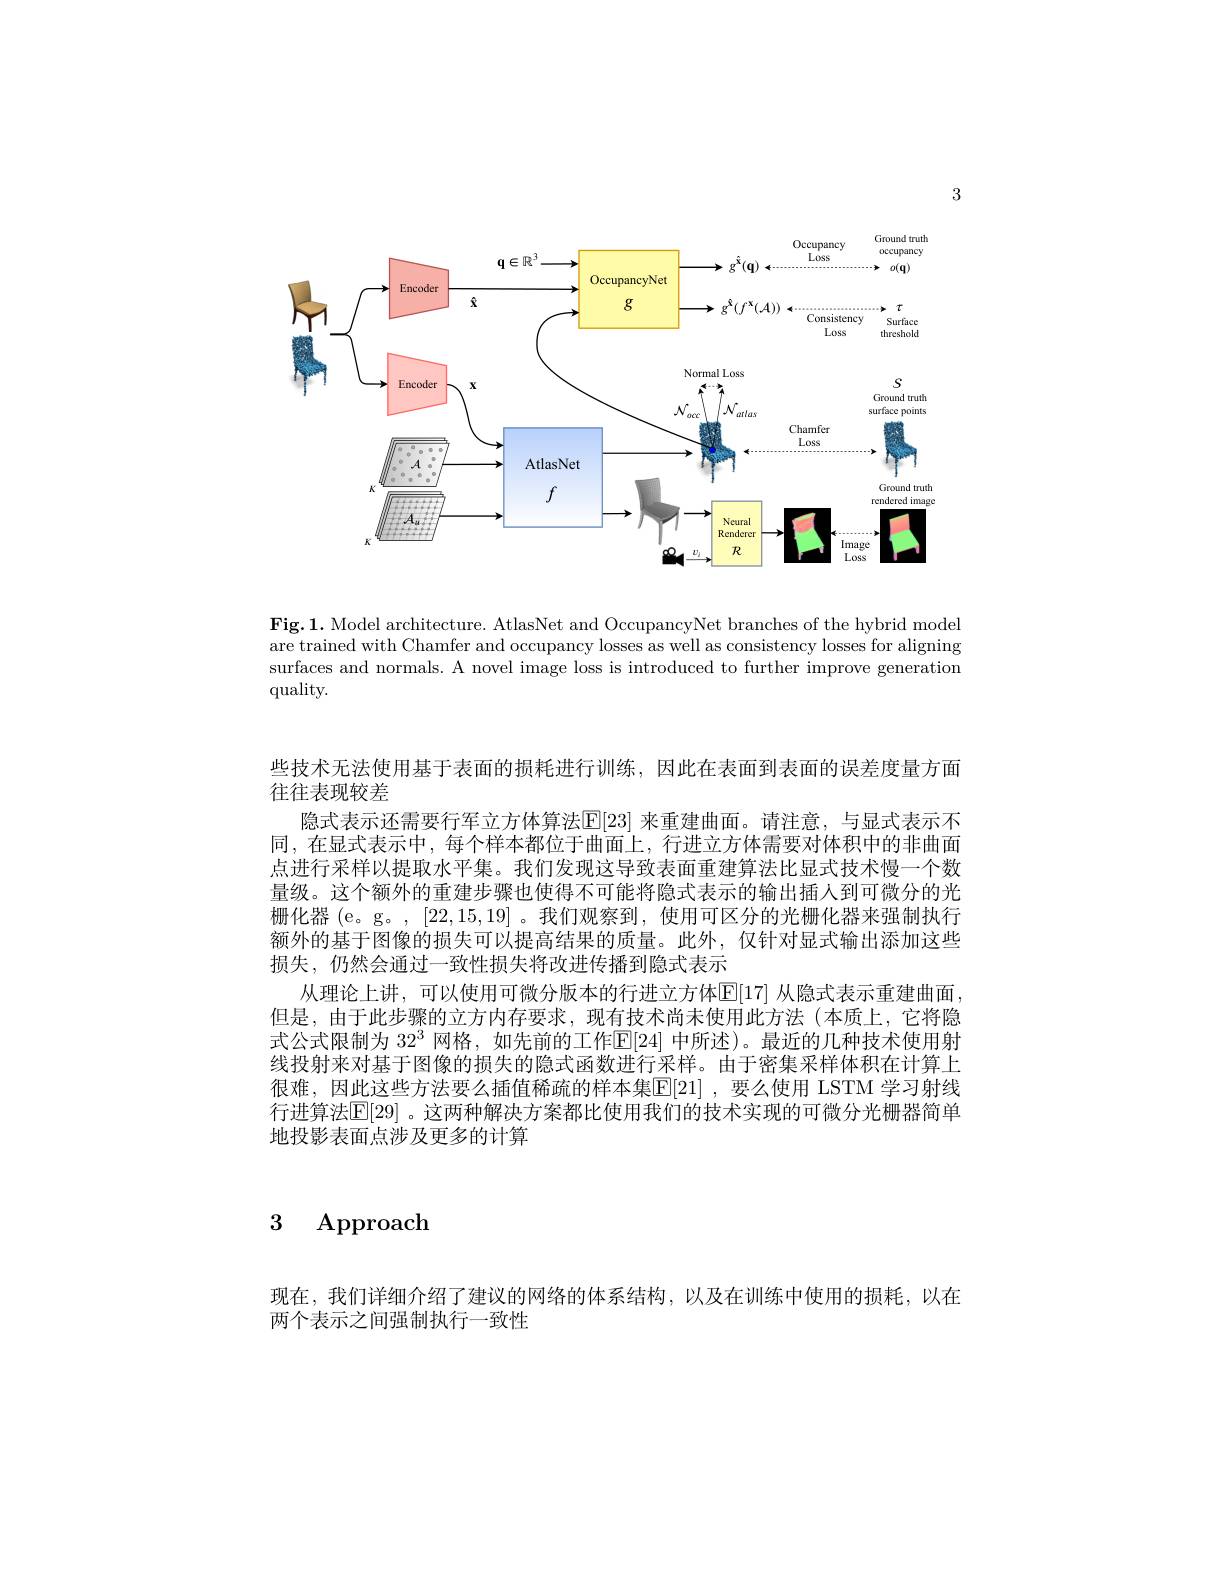
3

<FigureHere>

Fig.1. Model architecture. AtlasNet and OccupancyNet branches of the hybrid model $\bar{\text{are trained with Chamfer and occupancy losses as well as consistency losses for aligning}}$ surfaces and normals. A novel image loss is introduced to further improve generation $quality.$

些技术无法使用基于表面的损耗进行训练，因此在表面到表面的误差度量方面
往往表现较差
隐式表示还需要行军立方体算法$\mathbb{E}[23]$ 来重建曲面。请注意，与显式表示不同，在显式表示中，每个样本都位于曲面上，行进立方体需要对体积中的非曲面点进行采样以提取水平集。我们发现这导致表面重建算法比显式技术慢一个数量级。这个额外的重建步骤也使得不可能将隐式表示的输出插人到可微分的光栅化器 (e。g。, [22,15,19] 。我们观察到，使用可区分的光栅化器来强制执行额外的基于图像的损失可以提高结果的质量。此外，仅针对显式输出添加这些损失，仍然会通过一致性损失将改进传播到隐式表示
从理论上讲，可以使用可微分版本的行进立方体$\operatorname{E}[17]$ 从隐式表示重建曲面但是，由于此步骤的立方内存要求，现有技术尚未使用此方法(本质上，它将隐式公式限制为$32^{3}$网格，如先前的工作E[ 24] 中所述)。最近的几种技术使用射线投射来对基于图像的损失的隐式函数进行采样。由于密集采样体积在计算上很难，因此这些方法要么插值稀疏的样本集$\boxed{\mathrm{E}}[21]$ ,要么使用 LSTM 学习射线行进算法$\mathbb{E}|29|$。这两种解决方案都比使用我们的技术实现的可微分光栅器简单地投影表面点涉及更多的计算

$\begin{array}{cc}3&\mathrm{Approach}\end{array}$

现在，我们详细介绍了建议的网络的体系结构，以及在训练中使用的损耗，以在
两个表示之间强制执行一致性